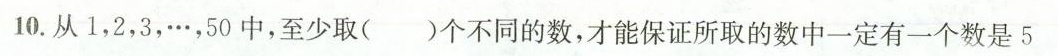
10.从1，2，3，…，50中，至少取()个不同的数，才能保证所取的数中一定有一个数是5